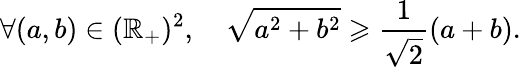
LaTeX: \forall(a,b)\in(\mathbb{R}_{+})^{2},\quad\sqrt{a^{2}+b^{2}}\geqslant\frac{1}{\sqrt{2}}(a+b).